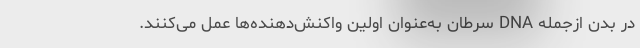
در بدن ازجمله DNA سرطان به‌عنوان اولین واکنش‌دهنده‌ها عمل می‌کنند.